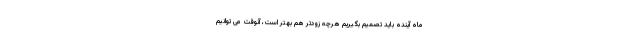
ماه آینده باید تصمیم بگیریم هرچه زودتر هم بهتر است، آنوقت می توانیم